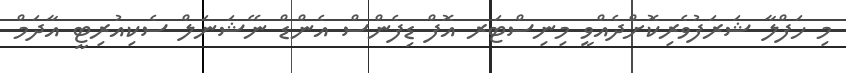
މި ހަފްލާ ޝަރަފުވެރިކޮށްދެއްވީ މިނިސްޓަރ އޮފް ޑިފެންސް އެންޑް ނޭޝަނަލް ސެކިއުރިޓީ އާދަމް